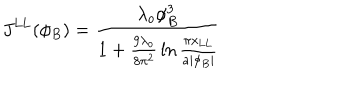
J ^ { \mathrm { L L } } ( \phi _ { B } ) = { \frac { \lambda _ { o } \phi _ { B } ^ { 3 } } { 1 + { \frac { 9 \lambda _ { o } } { 8 \pi ^ { 2 } } } \ln { \frac { \pi x _ { \mathrm { L L } } } { a | \phi _ { B } | } } } }